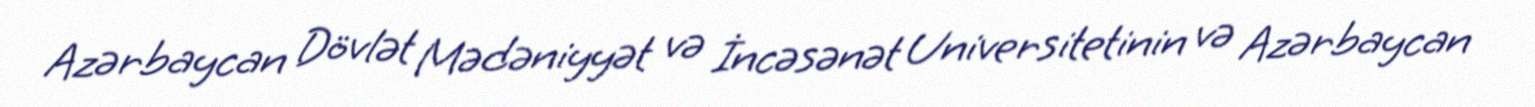
Azərbaycan Dövlət Mədəniyyət və İncəsənət Universitetinin və Azərbaycan